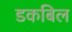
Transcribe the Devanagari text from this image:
डकबिल